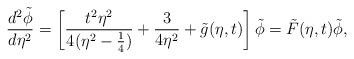
LaTeX: \begin{align*}\frac{d^{2}\tilde{\phi}}{d\eta^2}=\left[\frac{t^{2}\eta^{2}}{4(\eta^{2}-\frac{1}{4})}+\frac{3}{4\eta^{2}}+\tilde{g}(\eta,t)\right]\tilde{\phi}=\tilde{F}(\eta,t)\tilde{\phi},\end{align*}